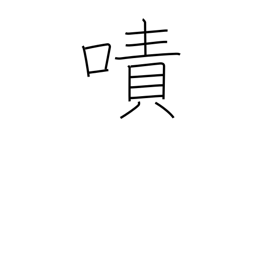
Meaning: torment